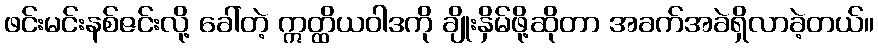
ဖင်းမင်းနစ်ဇင်းလို့ ခေါ်တဲ့ ဣတ္ထိယဝါဒကို ချိုးနှိမ်ဖို့ဆိုတာ အခက်အခဲရှိလာခဲ့တယ်။